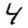
Digit: 4